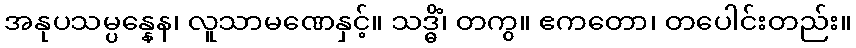
အနုပသမ္ပန္နေန၊ လူသာမဏေနှင့်။ သဒ္ဓိံ၊ တကွ။ ဧကတော၊ တပေါင်းတည်း။